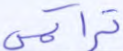
تراكمي